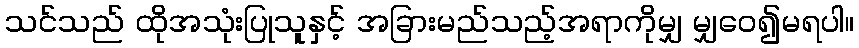
သင်သည် ထိုအသုံးပြုသူနှင့် အခြားမည်သည့်အရာကိုမျှ မျှဝေ၍မရပါ။